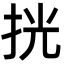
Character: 挄